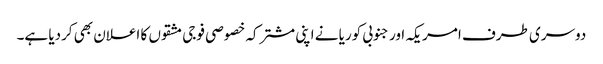
دوسری طرف امریکہ اور جنوبی کوریا نے اپنی مشترکہ خصوصی فوجی مشقوں کا اعلان بھی کردیا ہے۔